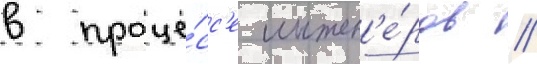
в проце́сс'е инжен'е́ров //